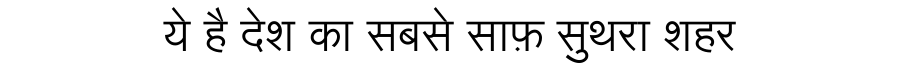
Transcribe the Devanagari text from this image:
ये है देश का सबसे साफ़ सुथरा शहर